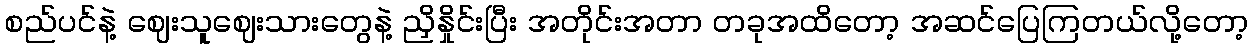
စည်ပင်နဲ့ ဈေးသူဈေးသားတွေနဲ့ ညှိနှိုင်းပြီး အတိုင်းအတာ တခုအထိတော့ အဆင်ပြေကြတယ်လို့တော့